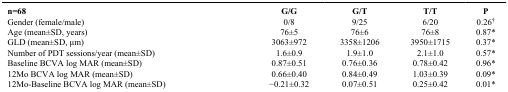
<table><thead><tr><td><b>n=68</b></td><td><b>G/G</b></td><td><b>G/T</b></td><td><b>T/T</b></td><td><b>P</b></td></tr></thead><tbody><tr><td>Gender (female/male)</td><td>0/8</td><td>9/25</td><td>6/20</td><td>0.26<sup>†</sup></td></tr><tr><td>Age (mean±SD, years)</td><td>76±5</td><td>76±6</td><td>76±8</td><td>0.87*</td></tr><tr><td>GLD (mean±SD, μm)</td><td>3063±972</td><td>3358±1206</td><td>3950±1715</td><td>0.37*</td></tr><tr><td>Number of PDT sessions/year (mean±SD)</td><td>1.6±0.9</td><td>1.9±1.0</td><td>2.1±1.0</td><td>0.57*</td></tr><tr><td>Baseline BCVA log MAR (mean±SD)</td><td>0.87±0.51</td><td>0.76±0.36</td><td>0.78±0.42</td><td>0.96*</td></tr><tr><td>12Mo BCVA log MAR (mean±SD)</td><td>0.66±0.40</td><td>0.84±0.49</td><td>1.03±0.39</td><td>0.09*</td></tr><tr><td>12Mo-Baseline BCVA log MAR (mean±SD)</td><td>−0.21±0.32</td><td>0.07±0.51</td><td>0.25±0.42</td><td>0.01*</td></tr></tbody></table>